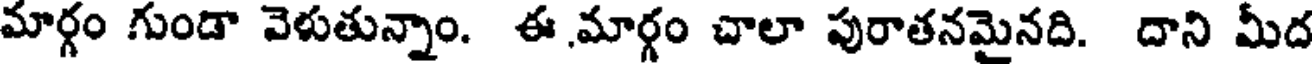
మార్గం గుండా వెళుతున్నాం. ఈ మార్గం చాలా పురాతనమైనది. దాని మీద